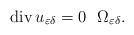
LaTeX: \begin{align*}\operatorname{div}u_{\varepsilon\delta}=0\,\,\,\,\Omega_{\varepsilon\delta}.\end{align*}